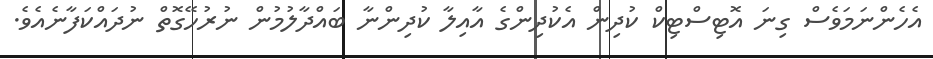
އެހެންނަމަވެސް ގިނަ އޮޓިސްޓިކް ކުދިން އެކުދިންގެ އާއިލާ ކުދިންނާ ބައްދާލުމުން ނުރުހޭގޮތް ނުދައްކަފާނެއެވެ.